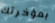
بمؤخرتك